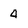
Character: 4